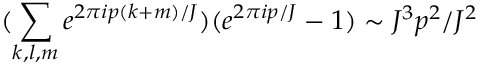
( \sum _ { k , l , m } e ^ { 2 \pi i p ( k + m ) / J } ) ( e ^ { 2 \pi i p / J } - 1 ) \sim J ^ { 3 } p ^ { 2 } / J ^ { 2 }